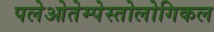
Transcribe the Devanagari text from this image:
पलेओतेम्पेस्तोलोगिकल